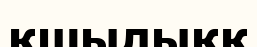
қшылыққ